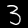
Label: 3